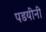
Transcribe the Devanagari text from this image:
पडयीनी